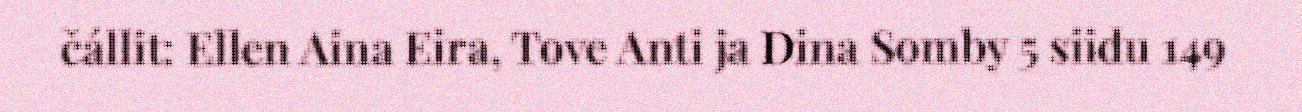
čállit: Ellen Aina Eira, Tove Anti ja Dina Somby 5 siidu 149